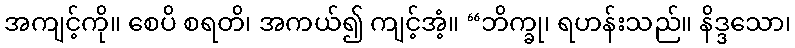
အကျင့်ကို။ စေပိ စရတိ၊ အကယ်၍ ကျင့်အံ့။ “ဘိက္ခု၊ ရဟန်းသည်။ နိဒ္ဒသော၊